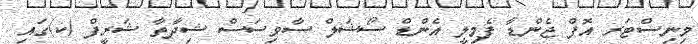
މިނިސްޓަރ އޮފް ޖެންޑާ ފެމިލީ އެންޑް ސޯޝަލް ސާވިސަސް ޝިދާތާ ޝަރީފް (ކ)ގައި